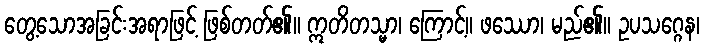
တွေ့သောအခြင်းအရာဖြင့် ဖြစ်တတ်၏။ ဣတိတသ္မာ၊ ကြောင့်။ ဖဿော၊ မည်၏။ ဥပသဂ္ဂေန၊